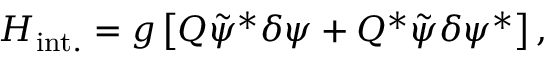
H _ { \mathrm { i n t . } } = g \left[ Q { \tilde { \psi } } ^ { * } \delta \psi + Q ^ { * } { \tilde { \psi } } \delta \psi ^ { * } \right] ,